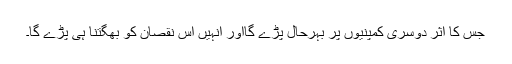
جس کا اثر دوسری کمپنیوں پر بہرحال پڑے گااور انہیں اس نقصان کو بھگتنا ہی پڑے گا۔